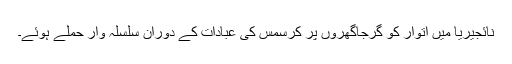
نائجیریا میں اتوار کو گرجاگھروں پر کرسمس کی عبادات کے دوران سلسلہ وار حملے ہوئے۔